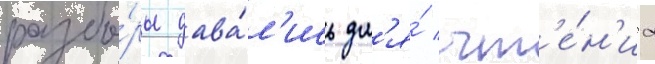
разбо́ры дава́л'ись дл'я́ чт'е́н'иа